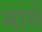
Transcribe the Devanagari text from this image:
मासें